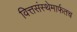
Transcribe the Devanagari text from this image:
वित्तसंस्थेमार्फतच